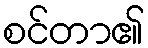
စင်တာ၏